Lunatic asylums Burma 1922-24 - 1922-1924
Year: 1922
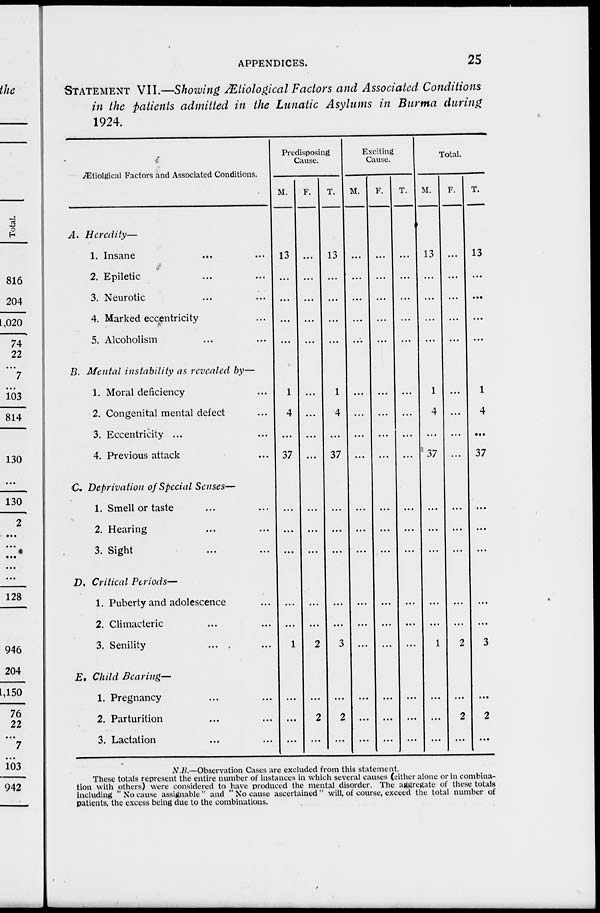
APPENDICES.
25
STATEMENT VII.—Showing Ætiological Factors and Associated Conditions
in the patients admitted in the Lunatic Asylums in Burma during
1924.
Ætiolgical Factors and Associated Conditions.
A. Heredity—
1. Insane ... ...
2. Epiletic ... ...
3. Neurotic ... ...
4. Marked eccentricity ...
5. Alcoholism ... ...
B. Mental instability as revealed by—
1. Moral deficiency ...
2. Congenital mental defect ...
3. Eccentricity ... ...
4. Previous attack ...
C. Deprivation of Special Senses—
1. Smell or taste ... ...
2. Hearing ... ...
3. Sight ... ...
D. Critical Periods—
1. Puberty and adolescence ...
2. Climacteric ... ...
3. Senility ... ...
E. Child Bearing—
1. Pregnancy ... ...
2. Parturition ... ...
3. Lactation ... ...
Predisposing
Cause.
M.
13
...
...
...
...
1
4
...
37
...
...
...
...
...
1
...
...
...
F.
...
...
...
...
...
...
...
...
...
...
...
...
...
...
2
...
2
...
T.
13
...
...
...
...
1
4
...
37
...
...
...
...
...
3
...
2
...
Exciting
Cause.
M.
...
...
...
...
...
...
...
...
...
...
...
...
...
...
...
...
...
...
F.
...
...
...
...
...
...
...
...
...
...
...
...
...
...
...
...
...
...
T.
...
...
...
...
...
...
...
...
...
...
...
...
...
...
...
...
...
...
Total.
M.
13
...
...
...
...
1
4
...
37
...
...
...
...
...
1
...
...
...
F.
...
...
...
...
...
...
...
...
...
...
...
...
...
...
2
...
2
...
T.
13
...
...
...
...
1
4
...
37
...
...
...
...
...
3
...
2
...
N.B.—Observation Cases are excluded from this statement.
These totals represent the entire number of instances in which several causes (either alone or in combina-
tion with others) were considered to have produced the mental disorder. The aggregate of these totals
including "No cause assignable" and " No cause ascertained" will, of course, exceed the total number of
patients, the excess being due to the combinations.